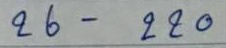
26 - 220